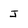
Character: j